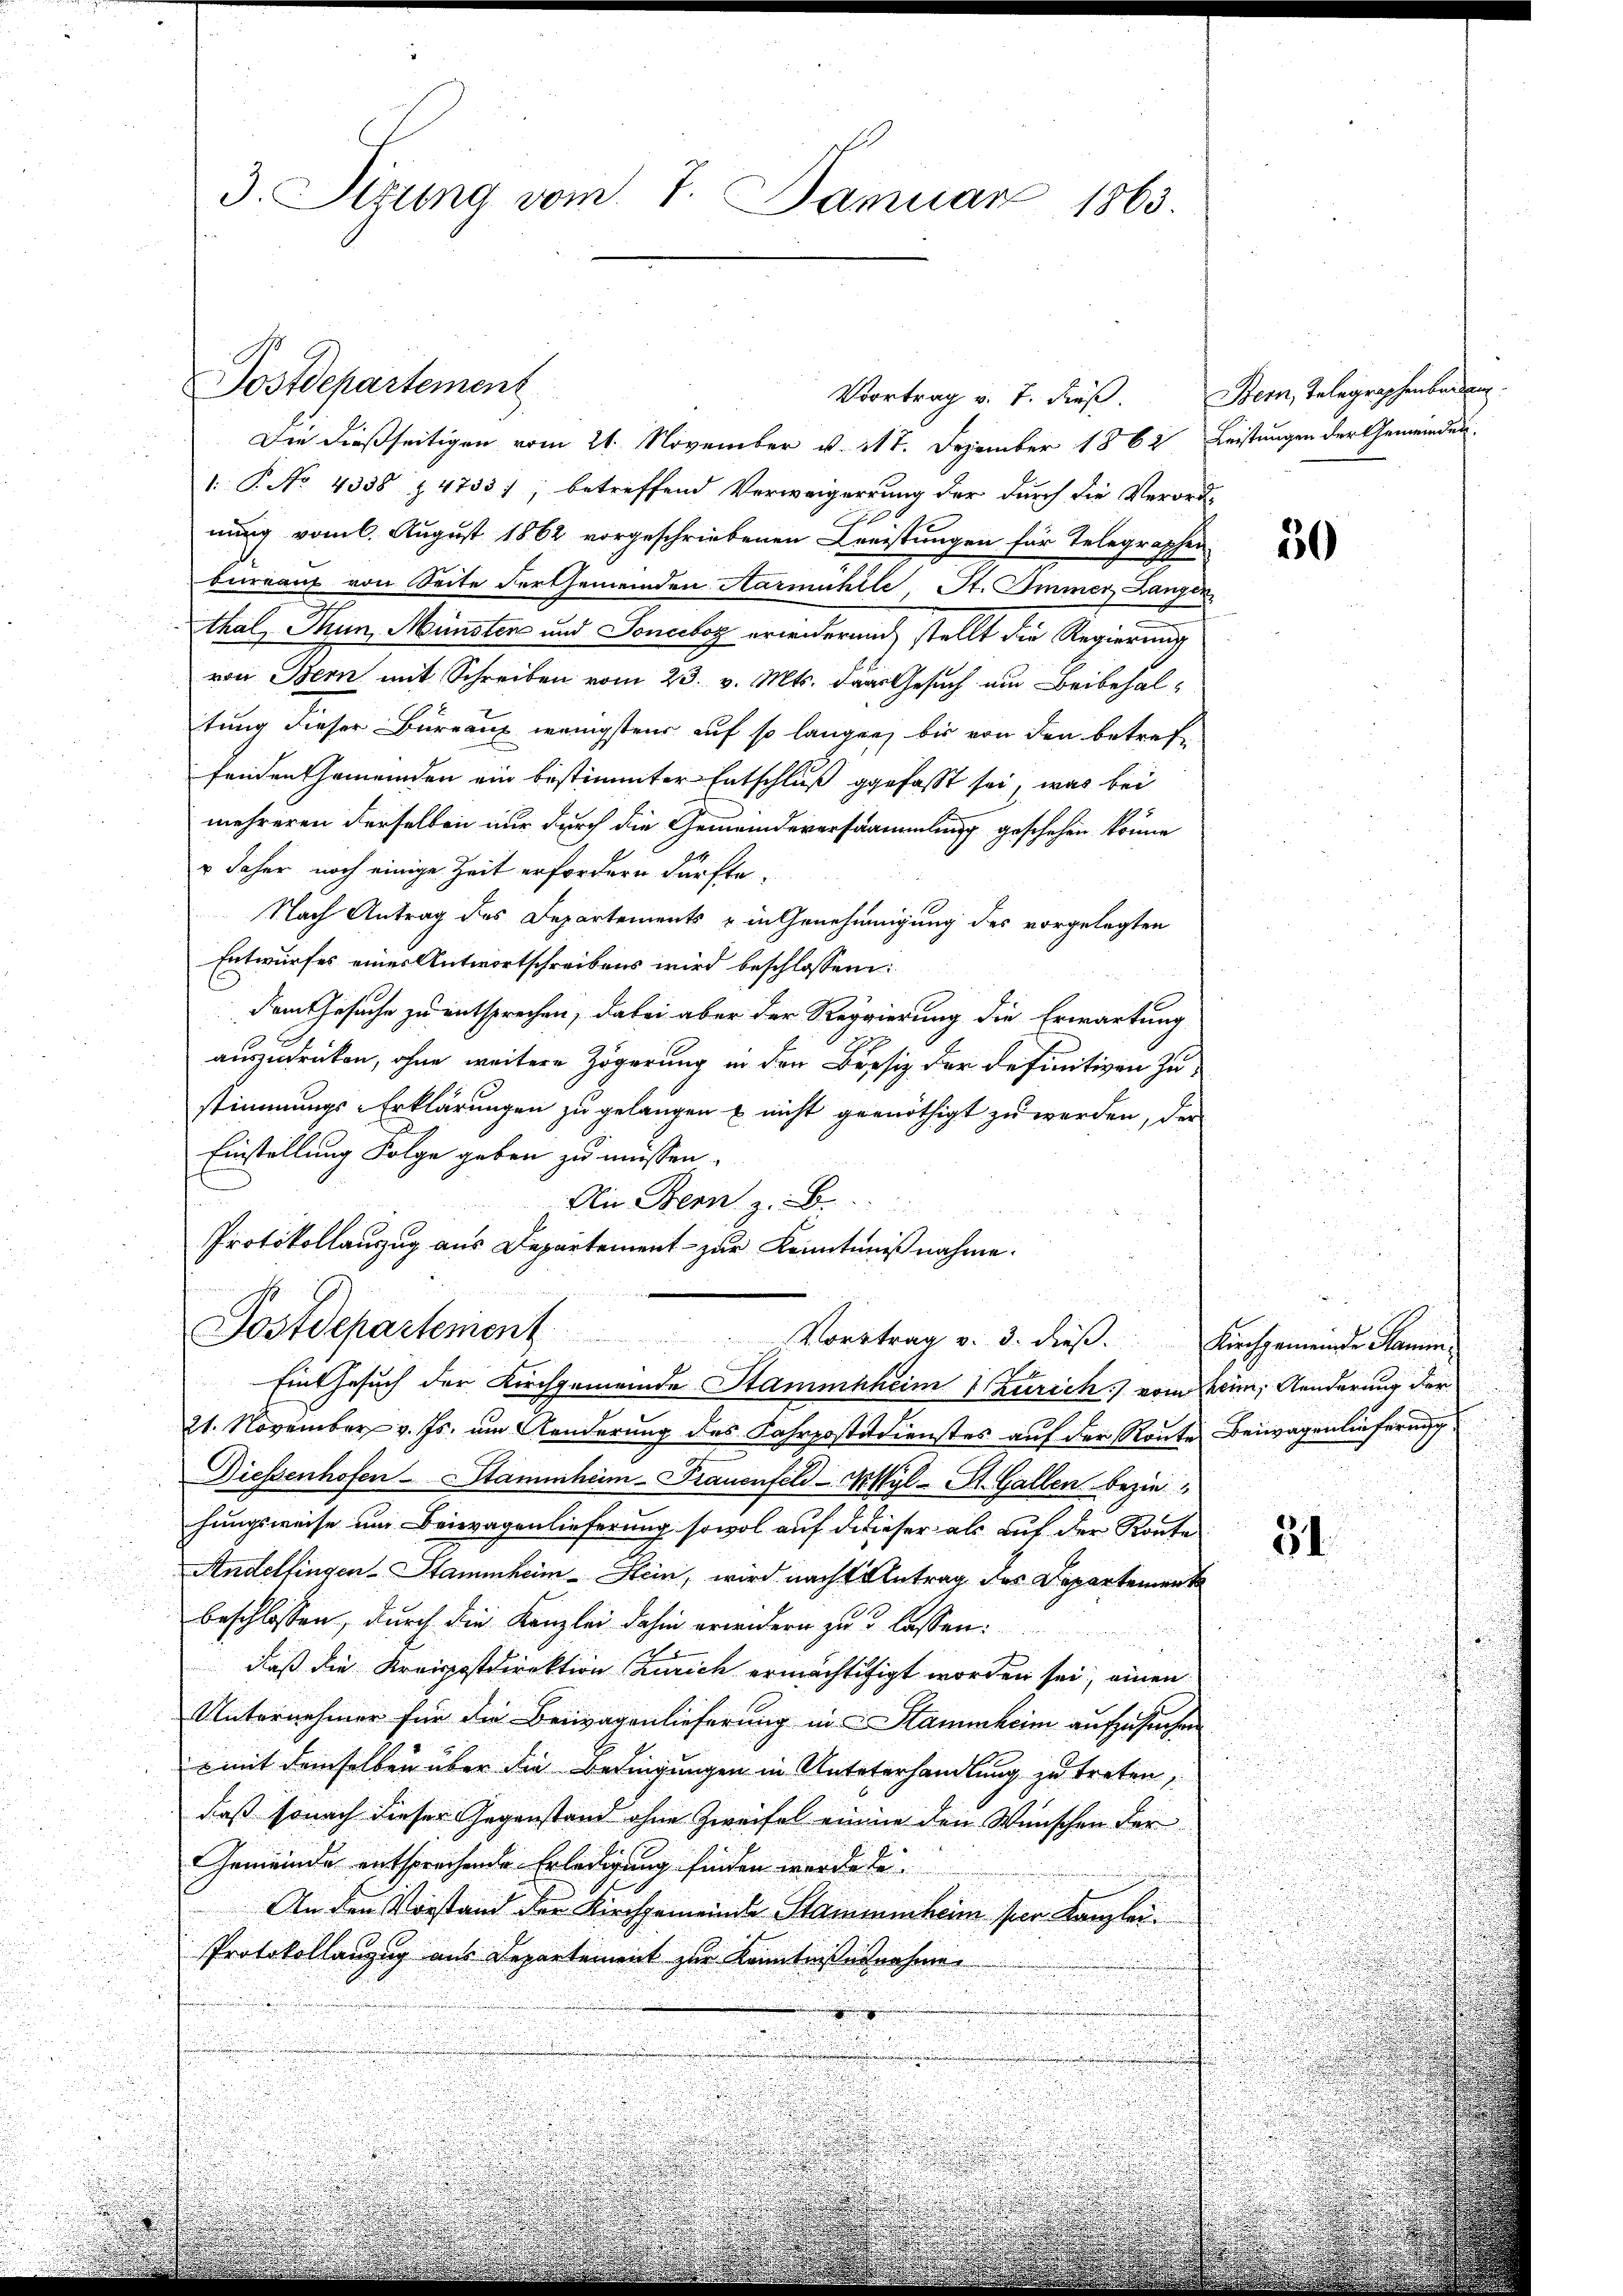
3. Sizung vom 7. Januar 1863.

Postdepartement

Die dießseitigen vom 21. November v. 27. Dezember 1862 Leistungen der Gemeinden
1. P. No 4338 14733); betreffend Verweigerrung der durch die Verord
nung vom 6. August 1862 vorgeschriebenen Kreistungen für Telegraphen
bureaus von Seite der Gemeinden Harmühle, St. Immer Lanzen
thal, Mun, Münsters und Sonceboz erwiderung stellt die Regierung
von Bern mit Schreiben vom 23. v. Mts. das Gesuch um Beibehaltung dieser Büreau wenigstens auf so langen, bis von den betreffenden Gemeinden ein bestimmter Entschluß gefasst sei, was bei
mehreren derselben nur durch die Gemeindeversammlung geschehen könne
" daher noch einige Zeit erfordern dürfte.
Nach Antrag des Departements u in Genehmigung des vorgelegten
Entwurfes eines Antwortschreibens wird beschlossen:
dem Gesuche zu entsprechen, dabei aber der Regierung die Erwartung
auszudrücken, ohne weitere Zögerung in den Bresiz der definitiven zu-
stimmungs-Erklärungen zu gelangen & nicht geenöthigt zu werden, der
Einstellung Folge geben zu müssen.
An Bern z. B.
Protokollauzug aus Departement - zur Kenntnißnahme.
i
Postdepartement
Vortrag v. 3. dieß. Kirchgemeinde Namen
Ein Gesuch der Kirchgemeinde Stammheim Zürich) vom Heim, Aenderung der
21. November v. Js. um Aenderung des Fahrpostadienstes auf der Route Beiwagenlieferung
Diessenhofen-Stammheim Trauenfeld-M Wyl - St. Gallen bezie
hungsweise um Beiwagenlieferung sowol auf dieser als auf der Konte
31
Andelfingen Stammheim Hein, wird nach Antrag des Departement
beschlossen, durch die Kanzlei dahin erwidern zu u. lassen
daß die Kreispostdirektion Zürich ermächtisigt worden sei; einen
Unternehmer für die Beiwagenlieferung an Stammheim aufzusuchen

 mit demselben über die Bedingungen in Untererhandlung zu treten,
daß sonach dieser Gegenstand ohne Zweifel eine den Wünschen der
Gemeinde entsprechende Erledigung finden werden.
An den Vorstand der Kirchgemeinde Stammenheim per Kanzlei.
Protokollanzug aus Departement zur Kenntnißesnahme

Vortrag v. 7. dieß. Bern, Telegraphenbaren.

30